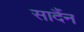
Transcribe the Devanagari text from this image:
सादैंन